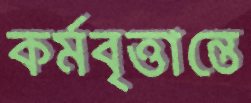
কর্মবৃত্তান্তে